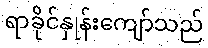
ရာခိုင်နှုန်းကျော်သည်